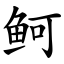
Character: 鲄